Leaving Certificate Examination, 1911
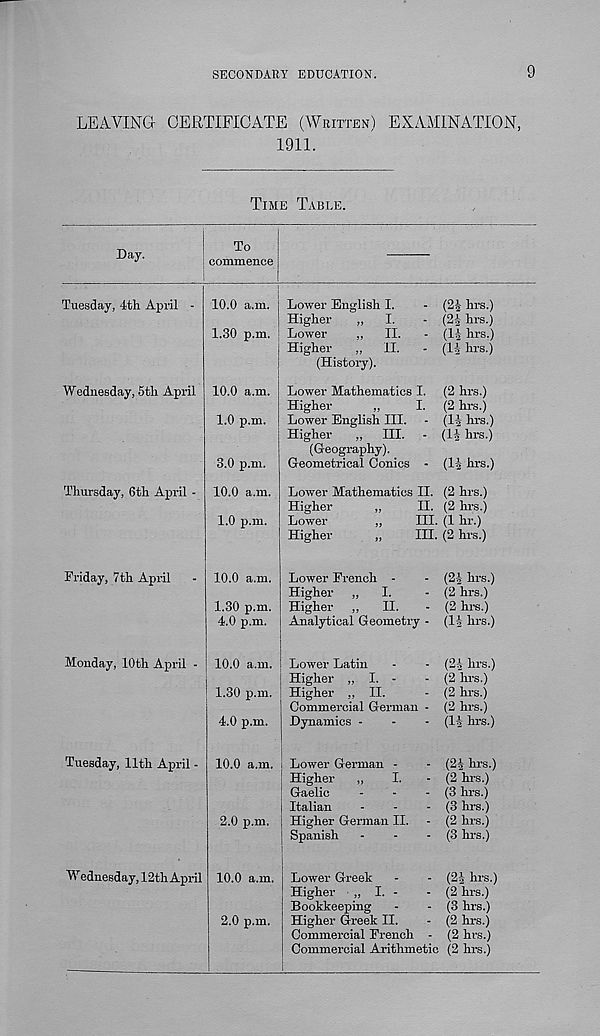
SECONDARY EDUCATION.
9
LEAVING CERTIFICATE (WRITTEN) EXAMINATION,
1911.
TIME TABLE.
Day.
To
commence
Tuesday, 4th April
Wednesday, 5th April
Thursday, 6th April •
Friday, 7th April
Monday, 10th April
Tuesday, 11th April -
Wednesday, 12th April
10.0 a.m.
1.30 p.m.
10.0 a.m.
1.0 p.m.
3.0 p.m.
10.0 a.m.
1.0 p.m.
10.0 a.m.
1.30 p.m.
4.0 p.m.
Lower English I.
- (2J hrs.)
Higher
„
I.
- (2j hrs.)
Lower
„
II.
- (1-J hrs.)
Higher
„
II.
- (11 hrs.)
(History).
Lower Mathematics I. (2 hrs.)
Higher
„
I. (2 hrs.)
Lower English III. - (14 hrs.)
Higher
„
III. - (14 hrs.)
(Geography).
Geometrical Conics - (14 hrs.)
Lower Mathematics II. (2 hrs.)
Higher
„
II. (2 hrs.)
Lower
„
III. (1 hr.)
Higher
„
III. (2 hrs.)
Lower French -
Higher „
I.
Higher ,,
II.
Analytical Geometry ■
10.0 a.m. Lower Latin
Higher „ I. -
1.30 p.m. Higher „ II.
Commercial German
4.0 p.m.
Dynamics -
10.0 a.m.
2.0 p.m.
10.0 a.m.
2.0 p.m.
Lower German -
Higher
„
I.
Gaelic
Italian
Higher German II.
Spanish
Lower Greek
Higher „ I. -
Bookkeeping
Higher Greek II.
Commercial French
(24 hrs.)
(2 hrs.)
(2 hrs.)
(li hrs.)
(24 hrs.)
(2 hrs.)
(2 hrs.)
(2 hrs.)
(14 hrs.)
(24 hrs.)
(2 hrs.)
(3 hrs.)
(3 hrs.)
(2 hrs.)
(3 hrs.)
(24 hrs.)
(2 hrs.)
(3 hrs.)
(2 hrs.)
(2 hrs.)
Commercial Arithmetic (2 hrs.)